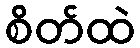
စိတ်ထဲ